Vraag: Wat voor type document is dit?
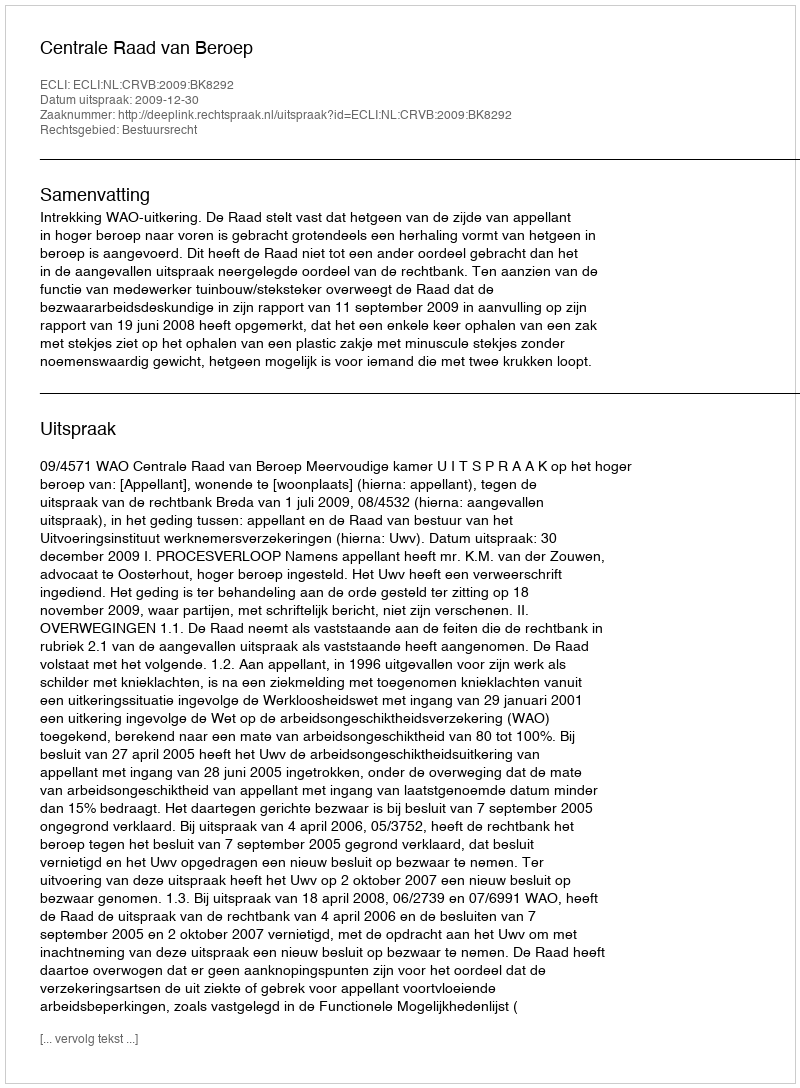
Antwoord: Uitspraak